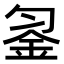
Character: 𨥒